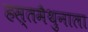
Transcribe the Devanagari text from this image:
हस्तमैथुनाला